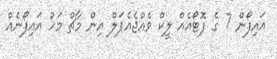
އައިފޯން 7 ގެ ފޮޓޯއެއް ލީކް ވެއްޖެއެޕަލް އިން މާޗް މަހު އައިފޯނެއް